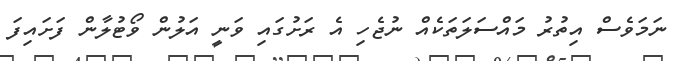
ނަމަވެސް އިތުރު މައްސަލަތަކެއް ނުޖެހި އެ ރަށުގައި ވަނީ އަލުން ވޯޓުލާން ފަށައިފަ